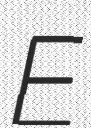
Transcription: E